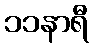
၁၁နာရီ